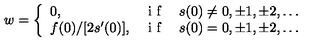
w = \left\{ \begin{array} { l l } { 0 , } & { { \textrm { i f } } \quad s ( 0 ) \ne 0 , \pm 1 , \pm 2 , \ldots } \\ { f ( 0 ) / [ 2 s ^ { \prime } ( 0 ) ] , } & { { \textrm { i f } } \quad s ( 0 ) = 0 , \pm 1 , \pm 2 , \ldots } \\ \end{array} \right.